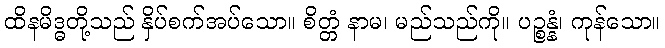
ထိနမိဒ္ဓတို့သည် နှိပ်စက်အပ်သော။ စိတ္တံ နာမ၊ မည်သည်ကို။ ပဉ္စန္နံ၊ ကုန်သော။